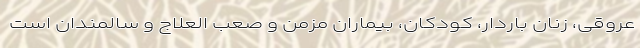
عروقی، زنان باردار، کودکان، بیماران مزمن و صعب العلاج و سالمندان است